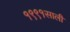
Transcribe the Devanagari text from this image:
१९९१साली